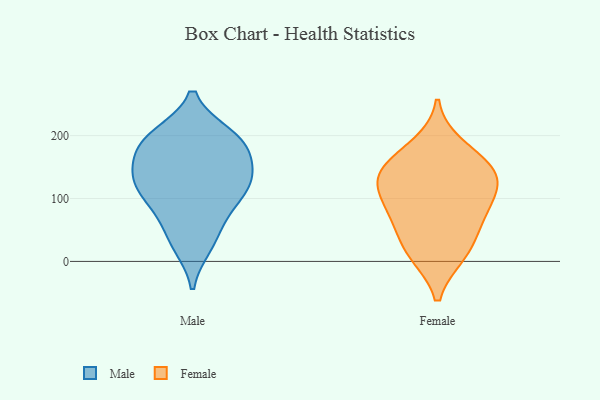
{"axis": {"x": "Website Visitors", "y": "Value"}, "legend": ["Female", "Male"], "data": [{"x": "", "y": 154, "type": "Male"}, {"x": "", "y": 131, "type": "Male"}, {"x": "", "y": 71, "type": "Male"}, {"x": "", "y": 178, "type": "Male"}, {"x": "", "y": 127, "type": "Male"}, {"x": "", "y": 195, "type": "Male"}, {"x": "", "y": 187, "type": "Male"}, {"x": "", "y": 134, "type": "Male"}, {"x": "", "y": 93, "type": "Male"}, {"x": "", "y": 102, "type": "Male"}, {"x": "", "y": 127, "type": "Male"}, {"x": "", "y": 200, "type": "Male"}, {"x": "", "y": 196, "type": "Male"}, {"x": "", "y": 35, "type": "Male"}, {"x": "", "y": 26, "type": "Male"}, {"x": "", "y": 11, "type": "Female"}, {"x": "", "y": 45, "type": "Female"}, {"x": "", "y": 11, "type": "Female"}, {"x": "", "y": 137, "type": "Female"}, {"x": "", "y": 120, "type": "Female"}, {"x": "", "y": 158, "type": "Female"}, {"x": "", "y": 83, "type": "Female"}, {"x": "", "y": 144, "type": "Female"}, {"x": "", "y": 68, "type": "Female"}, {"x": "", "y": 131, "type": "Female"}, {"x": "", "y": 96, "type": "Female"}, {"x": "", "y": 184, "type": "Female"}]}